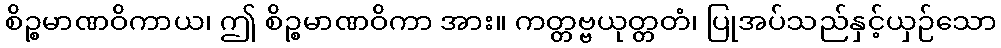
စိဉ္စမာဏဝိကာယ၊ ဤ စိဉ္စမာဏဝိကာ အား။ ကတ္တဗ္ဗယုတ္တတံ၊ ပြုအပ်သည်နှင့်ယှဉ်သော